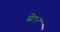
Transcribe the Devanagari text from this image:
से१२